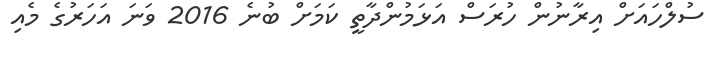
ސުލްހައަށް އިރާނުން ހުރަސް އަޅަމުންދާތީ ކަމަށް ބުނެ 2016 ވަނަ އަހަރުގެ މެއި